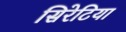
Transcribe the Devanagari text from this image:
सिरेटिया